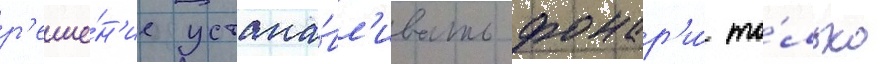
р'еше́н'ие устана́вл'ивать фонар'и́ то́лько